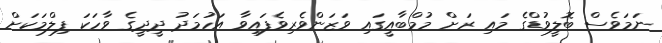
ނަމަވެސް ބޮލީވުޑްގެ މައި ރަށް މުމްބާއީގައި ވަޒަންވެރިވެފައިވާ އަހުމަދު ދީދީގެ ވާހަކަ ފިލްމަކަށް